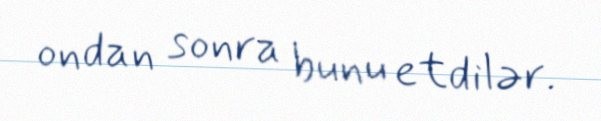
ondan sonra bunu etdilər.